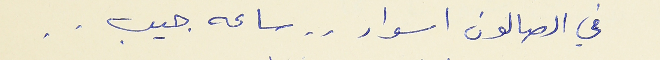
في الصالون اسوار . . ساعه جيب . .